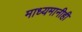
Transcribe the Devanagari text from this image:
माध्यमानीही